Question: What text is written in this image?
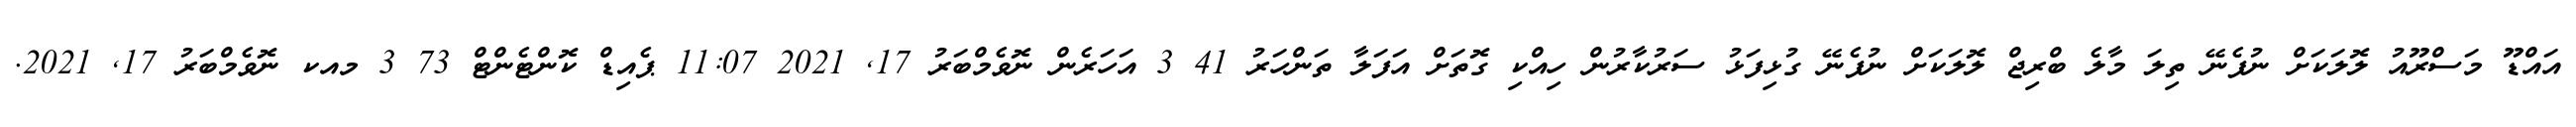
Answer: އައްޑޫ މަސްރޫއު ލޮލަކަށް ނުފެނޭ ތިލަ މާލެ ބްރިޖް ލޮލަކަށް ނުފެނޭ ގުޅިފަޅު ސަރުކާރުން ހިއްކި ގޮތަށް އަފަލާ ތަންހަރު 41 3 އަހަރެން ނޮވެމްބަރު 17, 2021 11:07 ޕެއިޑް ކޮންޓެންޓް 73 3 މއކ ނޮވެމްބަރު 17, 2021.